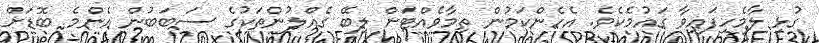
ގުޅި ލާމެހިފައިވާ ގައުމެކެވެ. އެހެންކަމުން ތިމާވެއްޓަށް ލިބޭ ގެއްލުންތަކުގެ ސަބަބުން އެންމެ ބޮޑަށް